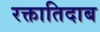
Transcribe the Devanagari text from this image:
रक्तातिदाब